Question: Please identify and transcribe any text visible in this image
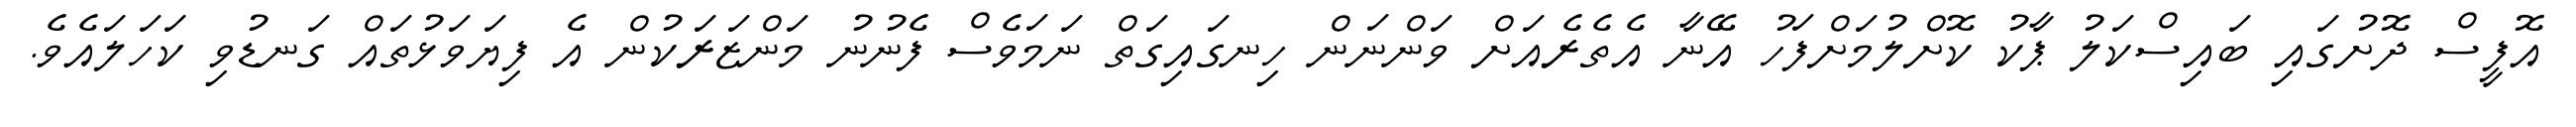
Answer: އޮފީސް ދޮށުގައި ބައިސްކަލު ޕާކު ކޮށްލުމަށްފަހު އޭނާ އެތެރެއަށް ވަންނަން ހިނގައިގަތް ނަމަވެސް ފެނުނު މަންޒަރަކުން އެ ފިޔަވަޅުތައް ގަނޑުވި ކަހަލައެވެ.